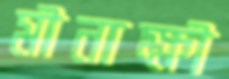
মীনাক্ষী